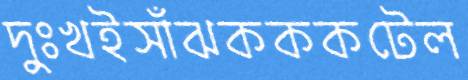
দুঃখইসাঁঝকককটেল